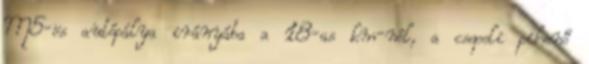
M5-ös autópálya irányába a 18-as km-nél, a csepeli pihenő